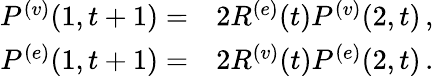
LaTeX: \begin{array}{r}{\begin{array}{rl}{P^{(v)}({1},{t+1})=}&{{}2R^{(e)}(t)P^{(v)}({2},{t})\, ,}\\ {P^{(e)}({1},{t+1})=}&{{}2R^{(v)}(t)P^{(e)}({2},{t})\, .}\end{array}}\end{array}